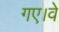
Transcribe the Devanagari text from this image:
गए।वे